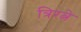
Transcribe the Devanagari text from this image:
त्रिरत्ने